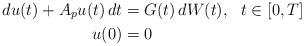
LaTeX: \begin{align*}du(t)+A_pu(t)\,dt&=G(t)\,dW(t), \ \ t\in[0,T]\\u(0)&=0\end{align*}